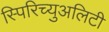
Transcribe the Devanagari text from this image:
स्पिरिच्युअलिटी